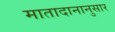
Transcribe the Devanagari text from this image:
मातादानानुसार